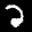
Label: 2